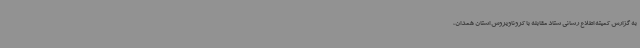
به گزارش کمیته اطلاع رسانی ستاد مقابله با کروناویروس استان همدان،